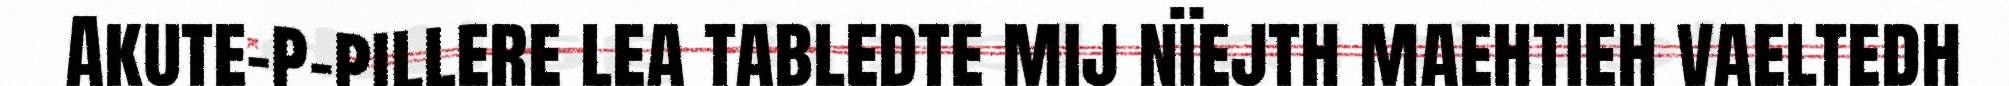
Akute-p-pillere lea tabledte mij nïejth maehtieh vaeltedh